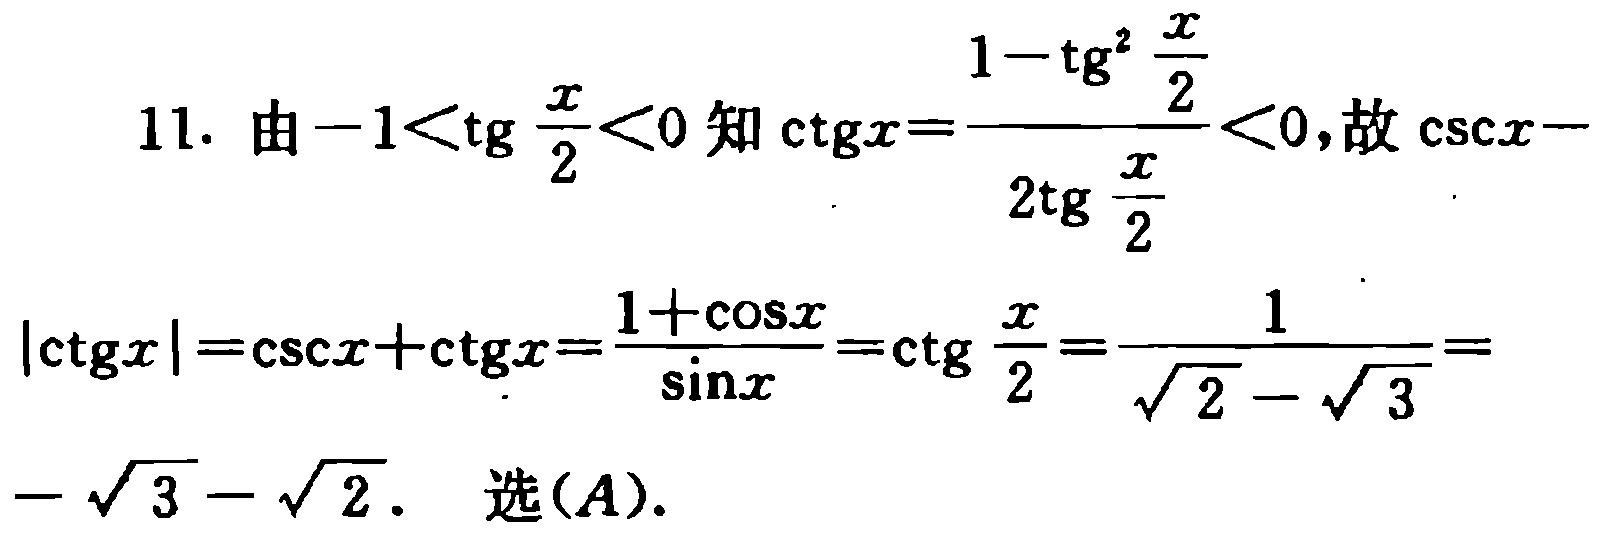
11. 由\(-1<\mathrm{tg} \frac{x}{2}<0\)知\(\mathrm{ctg}x = \frac{1 - \mathrm{tg}^{2} \frac{x}{2}}{2\mathrm{tg} \frac{x}{2}}<0\)，故\(\mathrm{csc}x - \)

\(|\mathrm{ctg}x|=\mathrm{csc}x+\mathrm{ctg}x=\frac{1 + \cos x}{\sin x}=\mathrm{ctg} \frac{x}{2}=\frac{1}{\sqrt{2}-\sqrt{3}}=-\sqrt{3}-\sqrt{2}\). 选\((A)\).